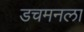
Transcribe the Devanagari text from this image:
डचमनला